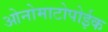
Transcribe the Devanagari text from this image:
ओनोमाटोपोईक